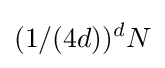
(1/(4d))^{d}N